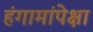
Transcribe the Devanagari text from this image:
हंगामांपेक्षा